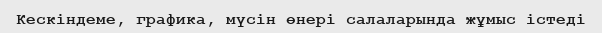
Кескіндеме, графика, мүсін өнері салаларында жұмыс істеді